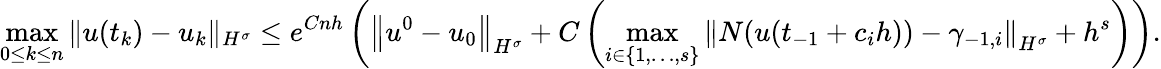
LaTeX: \operatorname*{max}_{0\leq k\leq n}\| u(t_{k})-u_{k}\| _{H^{\sigma}}\leq e^{Cnh}\left(\left\| u^{0}-u_{0}\right\| _{H^{\sigma}}+C\left(\operatorname*{max}_{i\in\{ 1,\dots,s\} }\left\| N(u(t_{-1}+c_{i}h))-\gamma_{-1,i}\right\| _{H^{\sigma}}+h^{s}\right)\right).